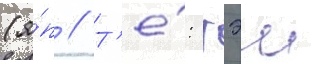
(я́п // Т'е́: тэи